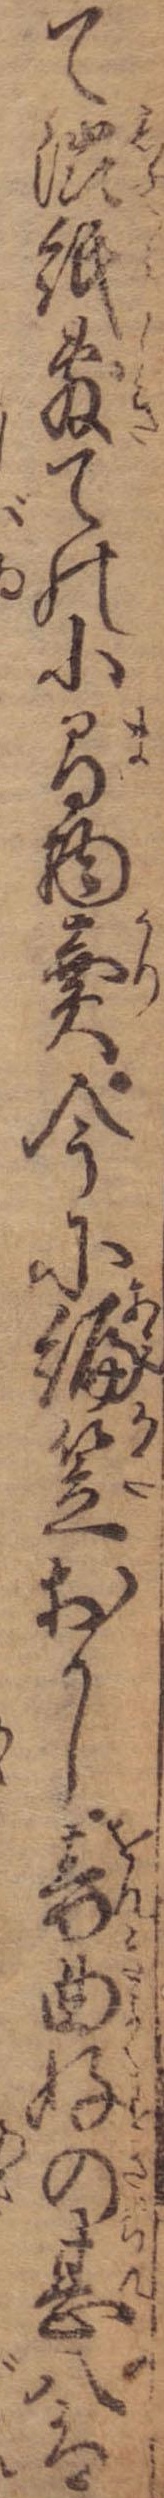
て渋紙敷ての小間物売今に編笠おかし音曲好の甚八は